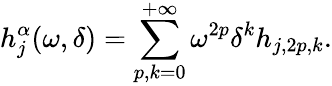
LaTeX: h_{j}^{\alpha}(\omega,\delta)=\sum_{p,k=0}^{+\infty}\omega^{2p}\delta^{k}h_{j,2p,k}.